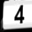
Digit: 4